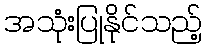
အသုံးပြုနိုင်သည့်